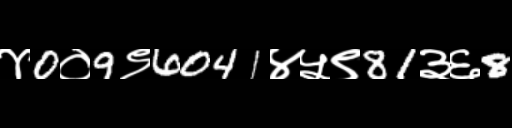
Text: ४0०9९6041४५९81३६8